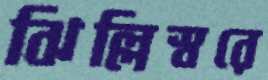
ঝিল্লিস্বরে